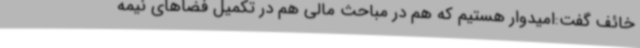
خائف گفت:امیدوار هستیم که هم در مباحث مالی هم در تکمیل فضاهای نیمه